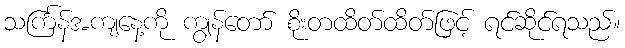
သင်္ကြန်အကျနေ့ကို ကျွန်တော် စိုးတထိတ်ထိတ်ဖြင့် ရင်ဆိုင်ရသည်။